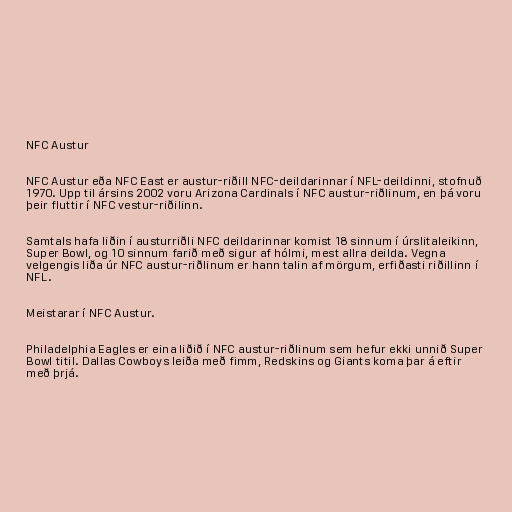
NFC Austur

NFC Austur eða NFC East er austur-riðill NFC-deildarinnar í NFL-deildinni, stofnuð
1970. Upp til ársins 2002 voru Arizona Cardinals í NFC austur-riðlinum, en þá voru
þeir fluttir í NFC vestur-riðilinn.

Samtals hafa liðin í austurriðli NFC deildarinnar komist 18 sinnum í úrslitaleikinn,
Super Bowl, og 10 sinnum farið með sigur af hólmi, mest allra deilda. Vegna
velgengis liða úr NFC austur-riðlinum er hann talin af mörgum, erfiðasti riðillinn í
NFL.

Meistarar í NFC Austur.

Philadelphia Eagles er eina liðið í NFC austur-riðlinum sem hefur ekki unnið Super
Bowl titil. Dallas Cowboys leiða með fimm, Redskins og Giants koma þar á eftir
með þrjá.